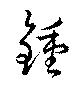
鍾